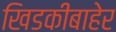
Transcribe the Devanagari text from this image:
खिडकीबाहेर